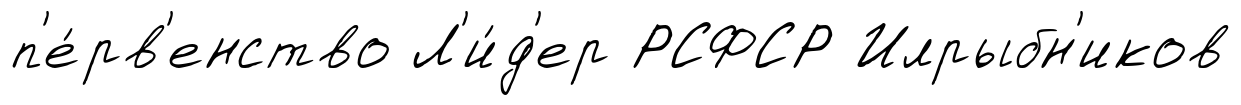
п'е́рв'енство Л'и́д'ер РСФСР Илрыбн'иков